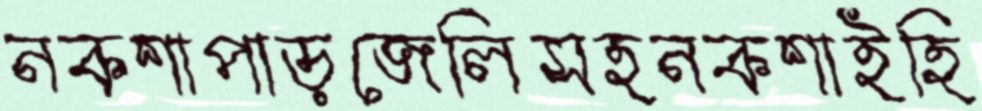
নকশাপাড়জেলিসহনকশাইহি